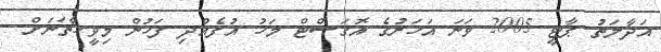
އަދާލަތު ޕާޓީ 2005 ވަނަ އަހަރުގެ އޮގަސްޓް މަހު އުފެއްދި ފަހުން މިވީހާތަނަށް